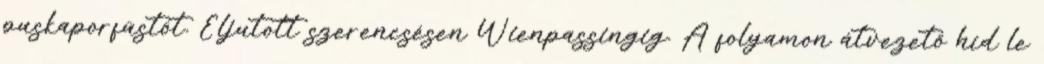
puskaporfüstöt. Eljutott szerencsésen Wienpassingig. A folyamon átvezető híd le